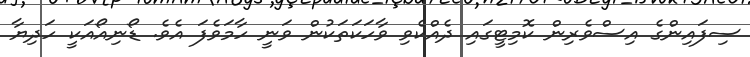
ސިފައިންގެ އިސްވެރިން ކޮމިޓީގައި ދެއްކެވި ވާހަކަތަކުން ވަނީ ހާމަވެފަ އެވެ. ޑޯނިއޯއަކީ ހަދިޔާ